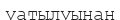
уатылуынан